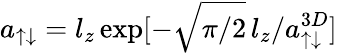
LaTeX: a_{\uparrow\downarrow}=l_{z}\exp[-\sqrt{\pi/2}\, l_{z}/a_{\uparrow\downarrow}^{3D}]